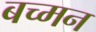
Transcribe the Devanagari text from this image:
बच्मन